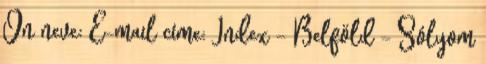
Ön neve: E-mail címe: Index - Belföld - Sólyom